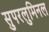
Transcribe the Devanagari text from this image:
सुपरलुमिनल